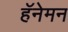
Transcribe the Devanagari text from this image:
हॅनेमन